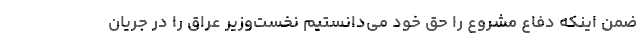
ضمن اینکه دفاع مشروع را حق خود می‌دانستیم نخست‌وزیر عراق را در جریان